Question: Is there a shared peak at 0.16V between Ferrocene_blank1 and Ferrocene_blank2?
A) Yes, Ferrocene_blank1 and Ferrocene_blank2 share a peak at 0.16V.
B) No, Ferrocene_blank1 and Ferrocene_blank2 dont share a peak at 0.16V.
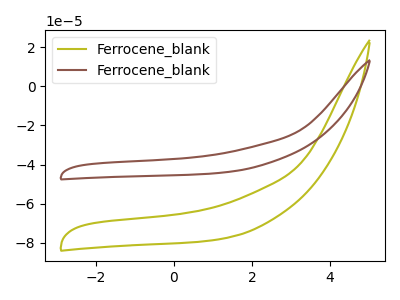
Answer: <think>The olive curve "Ferrocene_blank1" has no peaks. The brown curve "Ferrocene_blank2" has no peaks.</think>
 <answer>B) No, "Ferrocene_blank1" and "Ferrocene_blank2" dont share a peak at 0.16V.</answer>
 <eval>B</eval>